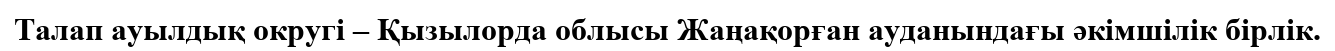
Талап ауылдық округі – Қызылорда облысы Жаңақорған ауданындағы әкімшілік бірлік.